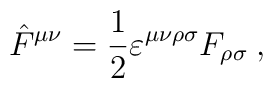
\hat{F}^{\mu\nu}= \frac{1}{2} \varepsilon^{\mu\nu\rho\sigma}F_{\rho\sigma} \> ,